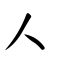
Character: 人